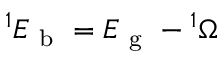
^ 1 E _ { \mathrm { ~ b ~ } } = E _ { \mathrm { ~ g ~ } } - { } ^ { 1 } \Omega